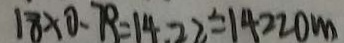
1 8 \times 0 . 7 9 = 1 4 . 2 2 = 1 4 2 2 0 m